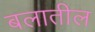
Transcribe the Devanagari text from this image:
बलातील